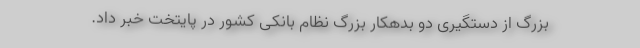
بزرگ از دستگیری دو بدهکار بزرگ نظام بانکی کشور در پایتخت خبر داد.